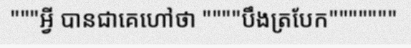
"""អ្វី បានជាគេហៅថា """"បឹងត្របែក"""""""